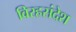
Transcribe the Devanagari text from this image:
विरहसंदेश